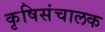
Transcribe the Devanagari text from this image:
कृषिसंचालक